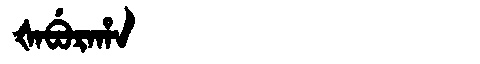
Manchu: ᡧᠠᠪᡠᡵᠠᡥᠠ
Romanization: ŠABURAHA